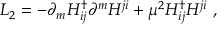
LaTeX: { \cal L } _ { 2 } = - \partial _ { m } H _ { i j } ^ { \dag } \partial ^ { m } H ^ { j i } + \mu ^ { 2 } H _ { i j } ^ { \dag } H ^ { j i } \ ,